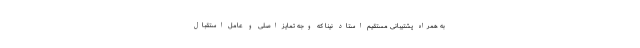
به همراه پشتیبانی مستقیم استاد نینا که وجه تمایز اصلی و عامل استقبال